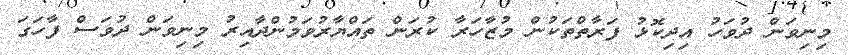
މިނިވަން ދުވަހު އިދިކޮޅު ފަރާތްތަކުން މުޒާހަރާ ކުރަން ތައްޔާރުވަމުންދާއިރު މިނިވަން ދުވަސް ފާހަގަ